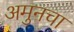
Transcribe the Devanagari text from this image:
अमुनचा